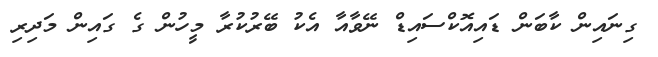
ގިނައިން ކާބަން ޑައިއޮކްސައިޑް ނޭވާއާ އެކު ބޭރުކުރާ މީހުން ގެ ގައިން މަދިރި